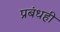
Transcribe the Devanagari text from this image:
प्रबंधही